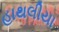
હાથલીયા